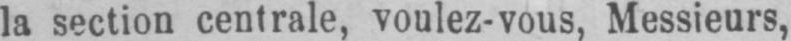
la section centrale, voulez-vous, Messieurs,